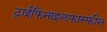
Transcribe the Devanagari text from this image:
ट्राईफिनाइलफास्फीन